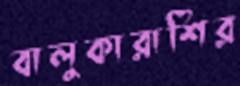
বালুকারাশির